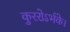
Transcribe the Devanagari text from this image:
कुररोऽर्भके।